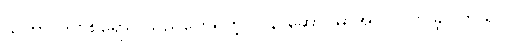
သူဟာ ကိုဗစ်ရောဂါသည်တွေရှိတဲ့ လူနာဆောင်မှာအလုပ်လုပ်ခဲ့ပါတယ်။